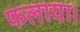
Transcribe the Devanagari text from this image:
फलाया।